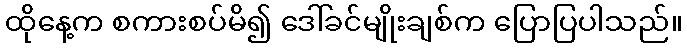
ထိုနေ့က စကားစပ်မိ၍ ဒေါ်ခင်မျိုးချစ်က ပြောပြပါသည်။